Indian journal of veterinary science and animal husbandry - Volume 2,
Year: 1932
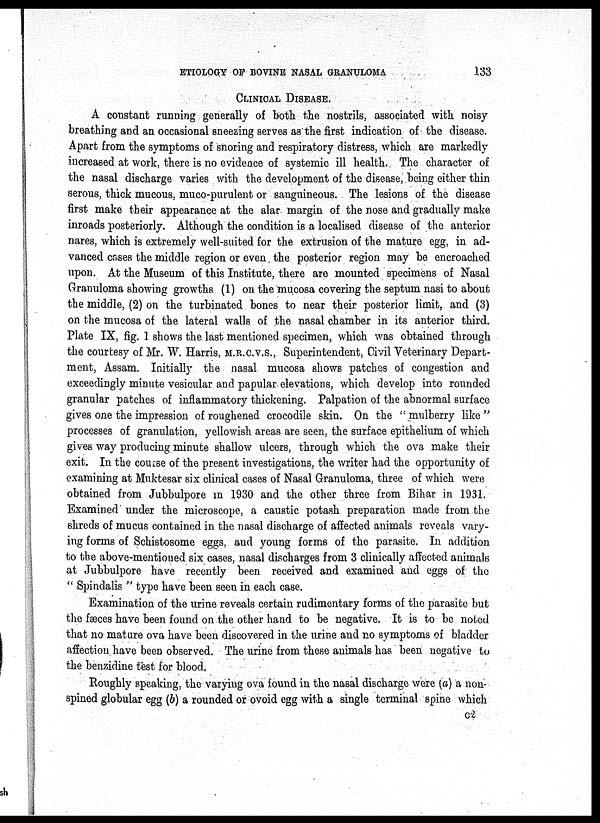
ETIOLOGY OF BOVINE NASAL GRANULOMA
133
CLINICAL DISEASE.
A constant running generally of both the nostrils, associated with noisy-
breathing and an occasional sneezing serves as the first indication of the disease.
Apart from the symptoms of snoring and respiratory distress, which are markedly
increased at work, there is no evidence of systemic ill health. The character of
the nasal discharge varies with the development of the disease, being either thin
serous, thick mucous, muco-purulent or sanguineous. The lesions of the disease
first make their appearance at the alar margin of the nose and gradually make
inroads posteriorly. Although the condition is a localised disease of the anterior
nares, which is extremely well-suited for the extrusion of the mature egg, in ad-
vanced cases the middle region or even the posterior region may be encroached
upon. At the Museum of this Institute, there are mounted specimens of Nasal
Granuloma showing growths (1) on the mucosa covering the septum nasi to about
the middle, (2) on the turbinated bones to near their posterior limit, and (3)
on the mucosa of the lateral walls of the nasal chamber in its anterior third.
Plate IX, fig. 1 shows the last mentioned specimen, which was obtained through
the courtesy of Mr. W. Harris, M.R.C.V.S., Superintendent, Civil Veterinary Depart-
ment, Assam. Initially the nasal mucosa shows patches of congestion and
exceedingly minute vesicular and papular elevations, which develop into rounded
granular patches of inflammatory thickening. Palpation of the abnormal surface
gives one the impression of roughened crocodile skin. On the " mulberry like"
processes of granulation, yellowish areas are seen, the surface epithelium of which
gives way producing minute shallow ulcers, through which the ova make their
exit. In the course of the present investigations, the writer had the opportunity of
examining at Muktesar six clinical cases of Nasal Granuloma, three of which were
obtained from Jubbulpore in 1930 and the other three from Bihar in 1931.
Examined under the microscope, a caustic potash preparation made from the
shreds of mucus contained in the nasal discharge of affected animals reveals vary-
ing forms of Schistosome eggs, and young forms of the parasite. In addition
to the above-mentioned six cases, nasal discharges from 3 clinically affected animals
at Jubbulpore have recently been received and examined and eggs of the
" Spindalis " type have been seen in each case.
Examination of the urine reveals certain rudimentary forms of the parasite but
the fæces have been found on the other hand to be negative. It is to be noted
that no mature ova have been discovered in the urine and no symptoms of bladder
affection have been observed. The urine from these animals has been negative to
the benzidine test for blood.
Roughly speaking, the varying ova found in the nasal discharge were (a) a non-
spined globular egg (b) a rounded or ovoid egg with a single terminal spine which
C 2